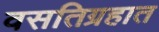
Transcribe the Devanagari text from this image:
वसतिग्रहात